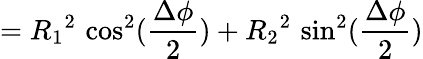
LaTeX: ={R_{1}}^{2}\, \cos^{2}(\frac{\Delta\phi}{2})+{R_{2}}^{2}\, \sin^{2}(\frac{\Delta\phi}{2})